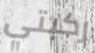
ركبتي